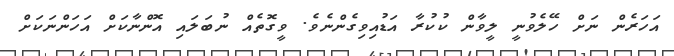
އަހަރެން ނަށް ހޭލެވުނީ ލީވާން ކުކުރާ އަޑުއިވިގެންނެވެ. ވީގޮތެއް ނުބަލައި އޮންނާކަށް އަހަންނަކަށް